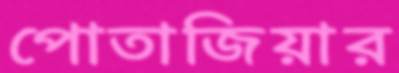
পোতাজিয়ার